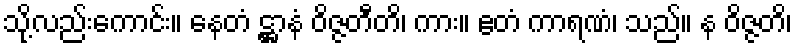
သို့လည်းကောင်း။ နေတံ ဋ္ဌာနံ ဝိဇ္ဇတီတိ၊ ကား။ ဧတံ ကာရဏံ၊ သည်။ န ဝိဇ္ဇတိ၊